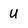
Character: U